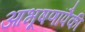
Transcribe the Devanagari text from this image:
आभूषणांपैकी